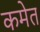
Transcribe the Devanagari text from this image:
कमेत